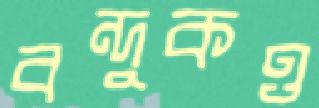
বন্দুকও